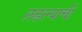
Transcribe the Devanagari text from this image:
लढल्याची